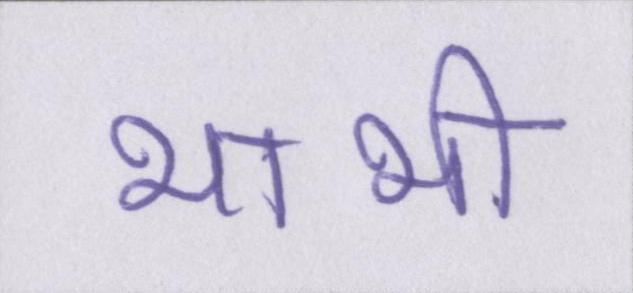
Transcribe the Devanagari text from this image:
भाभी